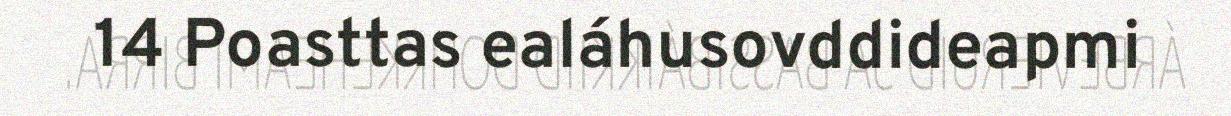
14 Poasttas ealáhusovddideapmi